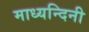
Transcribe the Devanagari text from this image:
माध्यन्दिनी